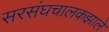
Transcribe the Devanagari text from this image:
सरसंघचालकझाले